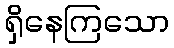
ရှိနေကြသော